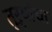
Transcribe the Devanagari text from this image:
तुऱ्यांचा